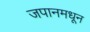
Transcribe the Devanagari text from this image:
जपानमधून